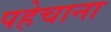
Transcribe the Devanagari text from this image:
पहेचाना